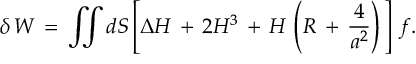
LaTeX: \delta \, W \, = \, \int \! \! \! \int d S \left[ \Delta H \, + \, 2 H ^ { 3 } \, + \, H \, \left( R \, + \, \frac { 4 } { a ^ { 2 } } \right) \, \right] \, f .